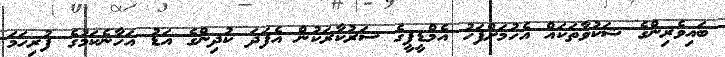
ބައިވެރިންގެ ޝަކުވާތަކައް އެހުމަށްފަހު އެމްޑީޕީގެ ސަރުކާރަކުން އެފަދަ ކުދިންގެ އަޑު އަހާނެކަމުގެ ފުރިހަމަ